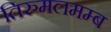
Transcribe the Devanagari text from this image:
तिरुमलमम्ब